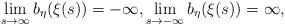
LaTeX: \begin{align*} \lim_{s\to \infty}b_\eta(\xi(s))=-\infty, \lim_{s\to -\infty}b_\eta(\xi(s))=\infty, \end{align*}